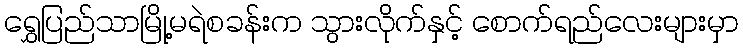
ရွှေပြည်သာမြို့မရဲစခန်းက သွားလိုက်နှင့် စောက်ရည်လေးများမှာ